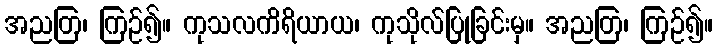
အညတြ၊ ကြဉ်၍။ ကုသလကိရိယာယ၊ ကုသိုလ်ပြုခြင်းမှ။ အညတြ၊ ကြဉ်၍။